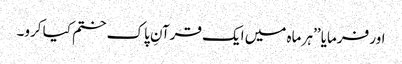
اور فرمایا ’’ہر ماہ میں ایک قرآنِ پاک ختم کیا کرو۔